Report of the King Institute of Preventive Medicine, Guindy
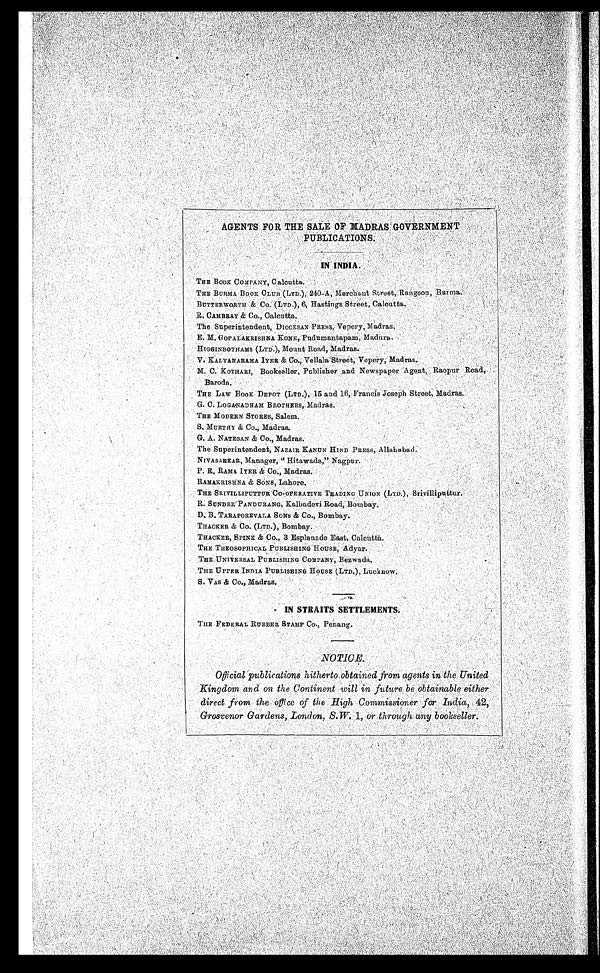
AGENTS FOR THE SALE OF MADRAS GOVERNMENT
PUBLICATIONS.
IN INDIA.
THE BOOK COMPANY, Calcutta.
THE BURMA BOCK CLUB (LTD.), 240-A, Merchant Street, Rangoon, Burma.
BUTTERWORTH & Co. (LTD.), 6, Hastings Street, Calcutta.
R. CAMBRAY & Co., Calcutta.
The Superintendent, DIOCESAN PRESS, Vepery, Madras.
E. M. GOPALAKRISHNA KONE, Pudumantapam, Madura.
HIGGINBOTHAMS (LTD.), Mount Road, Madras.
V. KALYANARAMA IYER & Co., Vellala Street, Vepery, Madras.
M.C. KOTHARI, Bookseller, Publisher and Newspaper Agent, Raopur Road,
Baroda.
THE LAW BOOK DEPOT (LTD.), 15 and 16, Francis Joseph Street, Madras.
G. C. LOGA.NADHAM BROTHERS, Madras.
THE MODERN STORES, Salem.
S. MURTHY & Co., Madras.
G. A. NATESAN & CO., Madras.
The Superintendent, NAZAIR KANUN HIND PRESS, Allahabad,
NIVASARKAR, Manager, "Hitawada," Nagpur.
P. R. RAMA IYER & Co., Madras.
RAMAKRISHNA & SONS, Lahore.
THE SRIVILLIPUTTUR CO-OPERATIVE TRADING UNION (LTD.), Srivilliputtur.
R. SUNDER PANDURANG, Kalbadevi Road, Bombay.
D. B. TARAPOREVALA SONS .& Co., Bombay.
THACKER & CO. (LTD.), Bombay.
THACKER, SPINK & CO., 3 Esplanade East, Calcutta.
THE THEOSOPHICAL PUBLISHING HOUSE, Adyar.
THE, UNIVERSAL PUBLISHING COMPANY, Bezwada.
THE UPPER INDIA PUBLISHING HOUSE (LTD.), Lucknow.
S. VAS & Co., Madras.
IN S T RAITS SETTLEMENTS.
THE FEDERAL RUBBER STAMP Co., Penang.
NOTICE.
Official publications hitherto obtained from agents in the United
Kingdom and on the Continent will in future be obtainable either
direct from the office of the High Commissioner for India, 42,
Grosvenor Gardens, London, S.W. 1,